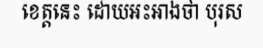
ខេត្តនេះ ដោយអះអាងថា បុរស